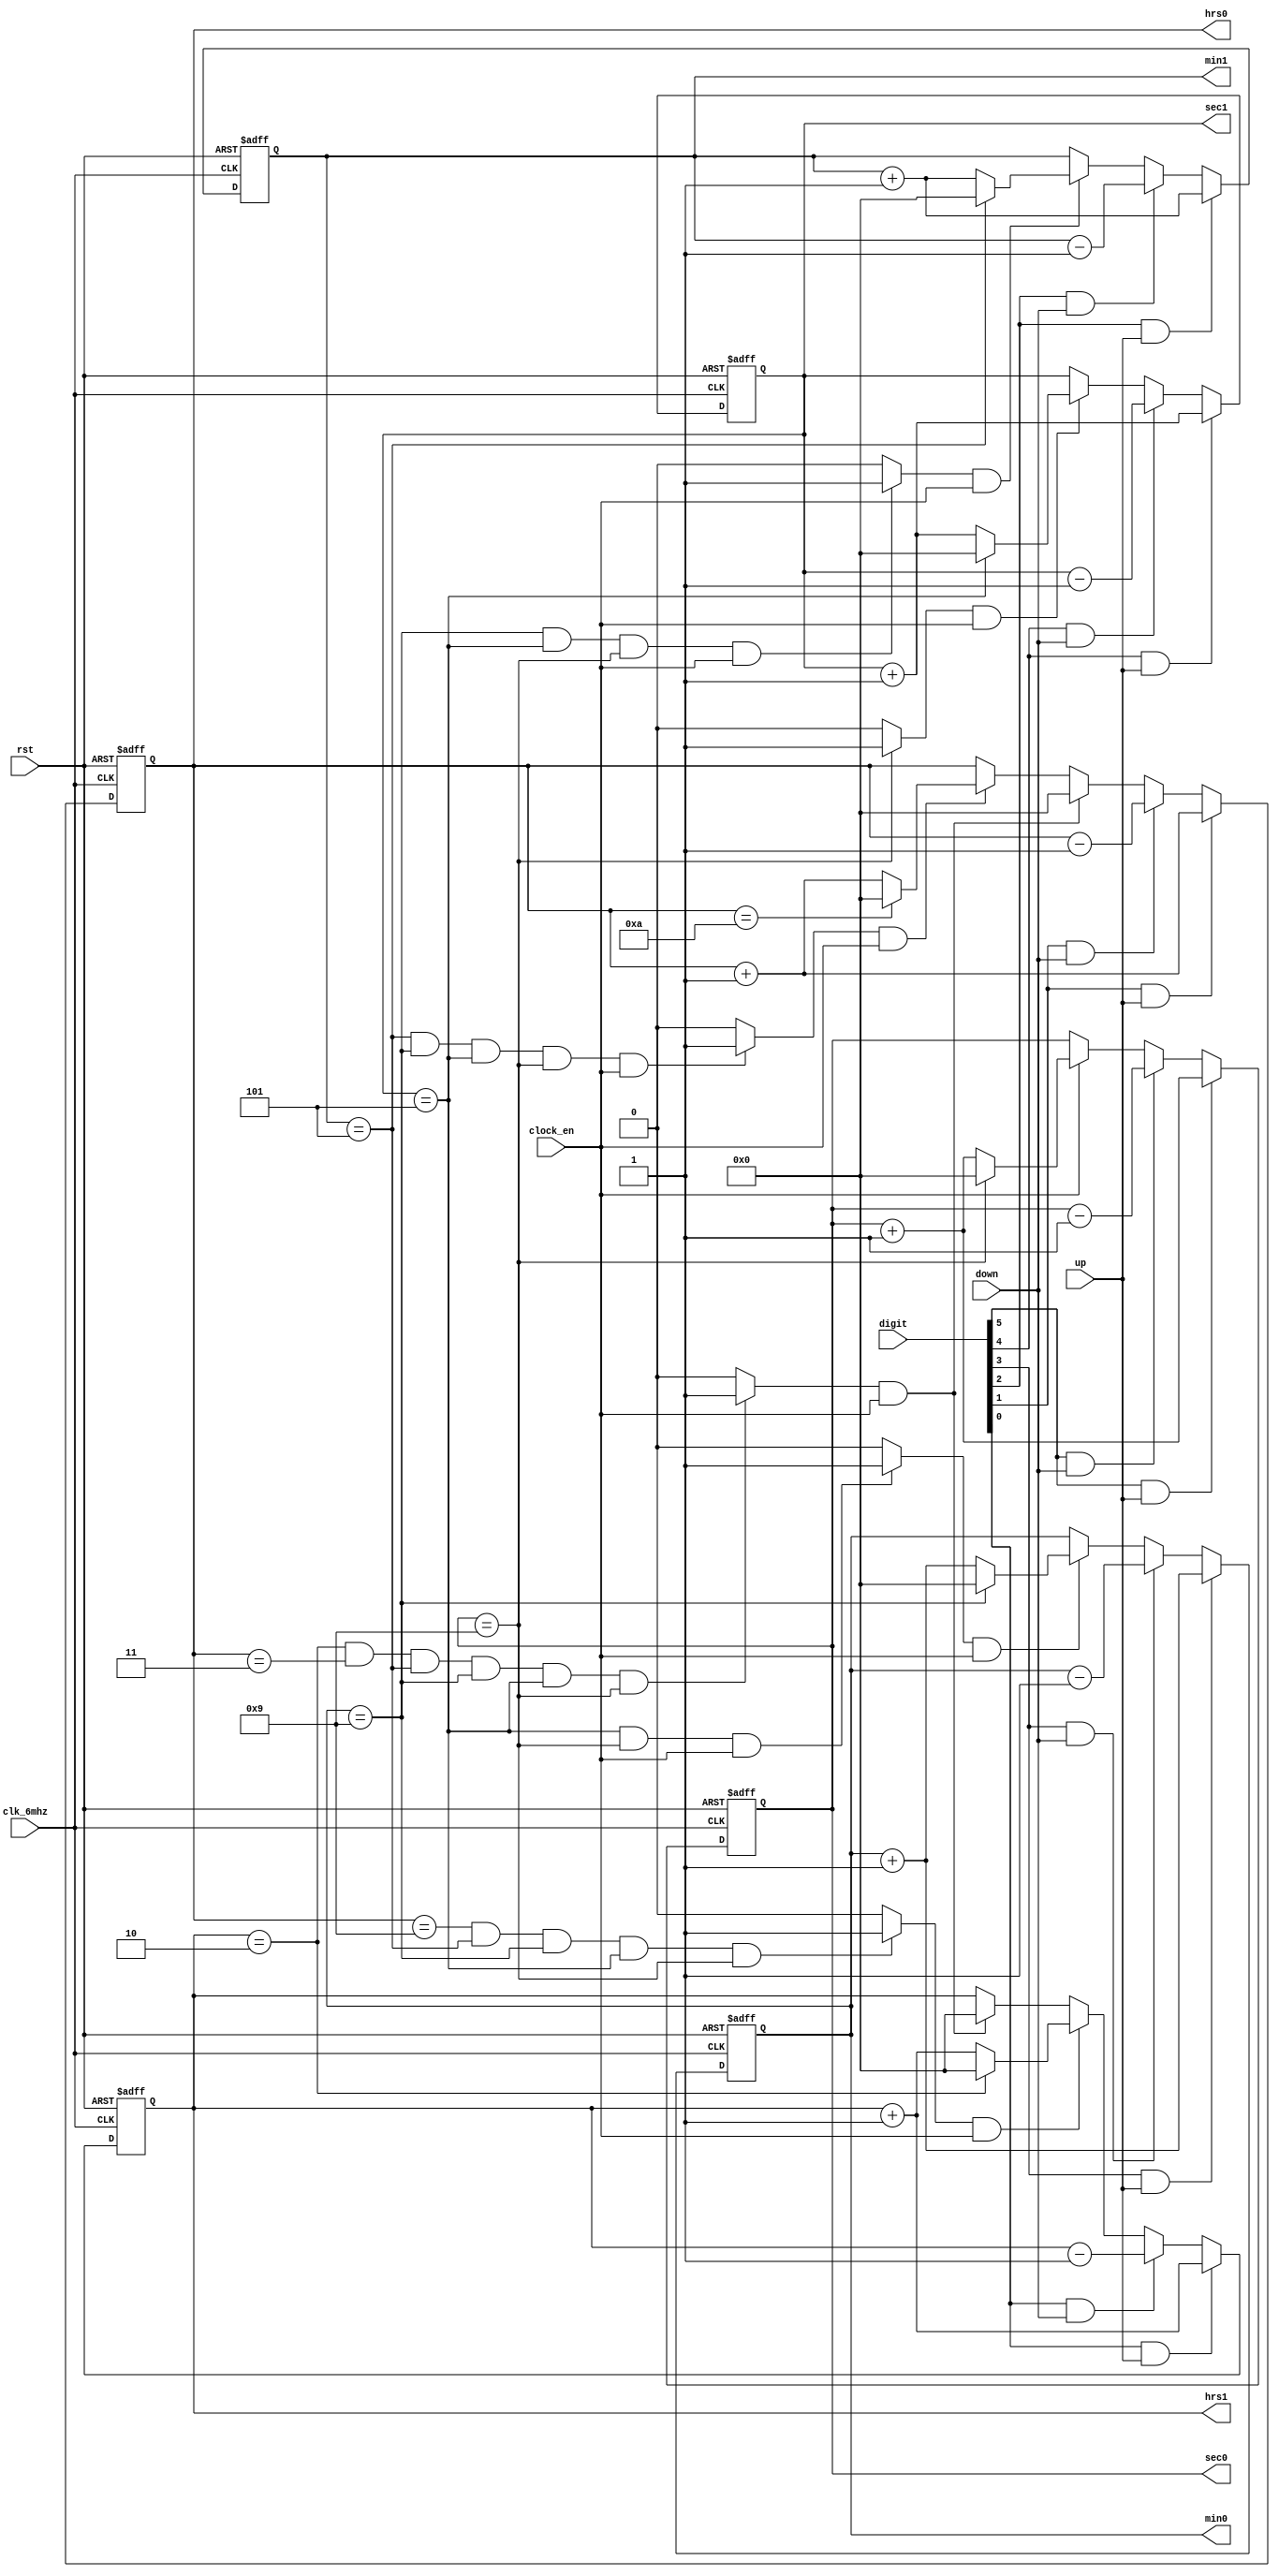
module clock(clk_6mhz, rst, clock_en, digit, up, down, sec0, sec1, min0, min1, hrs0, hrs1);
input clk_6mhz, rst, clock_en, up, down;
input [5:0] digit;
output [3:0] sec0, sec1, min0, min1, hrs0, hrs1;
reg [3:0] sec0, sec1, min0, min1, hrs0, hrs1;
wire trigger1, trigger2, trigger3, trigger4, trigger5, trigger6;

always@(posedge clk_6mhz or posedge rst) begin
    if(rst) sec0 <= 4'b0;
    else if(digit[5] == 1'b1 && up == 1'b1) sec0 <= sec0 + 1;
    else if(digit[5] == 1'b1 && down == 1'b1) sec0 <= sec0 -1;
    else if(clock_en)
        if(sec0 == 9) begin sec0 <= 0; end
        else begin sec0 <= sec0 + 1; end 
    end
assign trigger1 = (sec0 == 9) ? 1'b1 : 1'b0;
 
always@(posedge clk_6mhz or posedge rst) begin
    if(rst) sec1 <= 4'b0;
    else if(digit[4] == 1'b1 && up == 1'b1) sec1 <= sec1 + 1;
    else if(digit[4] == 1'b1 && down == 1'b1) sec1 <= sec1 - 1;
    else if(trigger1 && clock_en)
        if(sec1 == 5) begin sec1 <= 0; end
        else begin sec1 <= sec1 + 1; end
    end 
 assign trigger2 = (sec1 == 5 && sec0== 9 && clock_en) ? 1'b1 : 1'b0;
    
 always@(posedge clk_6mhz or posedge rst) begin
    if(rst) min0 <= 4'b0;
    else if(digit[3] == 1'b1 && up == 1'b1) min0 <= min0 + 1;
    else if(digit[3] == 1'b1 && down == 1'b1) min0 <= min0 - 1;
    else if(trigger2 && clock_en)
        if(min0 == 9) begin min0 <= 0;end
        else begin min0 <= min0 + 1; end
    end
 assign trigger3 = (min0 == 9 && sec1 == 5 && sec0== 9 && clock_en) ? 1'b1 : 1'b0;
  
always@(posedge clk_6mhz or posedge rst) begin
    if(rst) min1 <= 4'b0;
    else if(digit[2] == 1'b1 && up == 1'b1) min1 <= min1 + 1;
    else if(digit[2] == 1'b1 && down == 1'b1) min1 <= min1 - 1;
    else if(trigger3 && clock_en)
        if(min1 == 5) begin min1 <= 0; end
        else begin min1 <= min1 + 1; end
    end
assign trigger4 = (min1 == 5 && min0 == 9 && sec1 == 5 && sec0== 9 && clock_en) ? 1'b1 : 1'b0;
   
always@(posedge clk_6mhz or posedge rst) begin
    if(rst) hrs0 <= 4'b0;
    else if(digit[1] == 1'b1 && up == 1'b1) hrs0 <= hrs0 + 1;
    else if(digit[1] == 1'b1 && down == 1'b1) hrs0 <= hrs0 - 1;
    else if(trigger6 && clock_en) begin hrs0 <= 0;
    end
    else if(trigger4 && clock_en)
        if(hrs0 == 10) begin hrs0 <= 0; end
        else begin hrs0 <= hrs0 + 1; end
 end
assign trigger5 = (hrs0 == 9 && min1 == 5 && min0 == 9 && sec1 == 5 && sec0== 9) ? 1'b1 : 1'b0;
assign trigger6 = (hrs1 == 2 && hrs0 == 3 && min1 == 5 && min0 == 9 && sec1 == 5 && sec0== 9) ? 1'b1 : 1'b0;

always@(posedge clk_6mhz or posedge rst) begin
    if(rst) hrs1 <= 4'b0;
    else if(digit[0] == 1'b1 && up == 1'b1) hrs1 <= hrs1 + 1;
    else if(digit[0] == 1'b1 && down == 1'b1) hrs1 <= hrs1 - 1;
    else if(trigger5 && clock_en)
        if(hrs1 == 2) begin hrs1 <= 0; end
        else begin hrs1 <= hrs1 + 1; end
    else if(trigger6 && clock_en) hrs1 <= 0;
 end

endmodule